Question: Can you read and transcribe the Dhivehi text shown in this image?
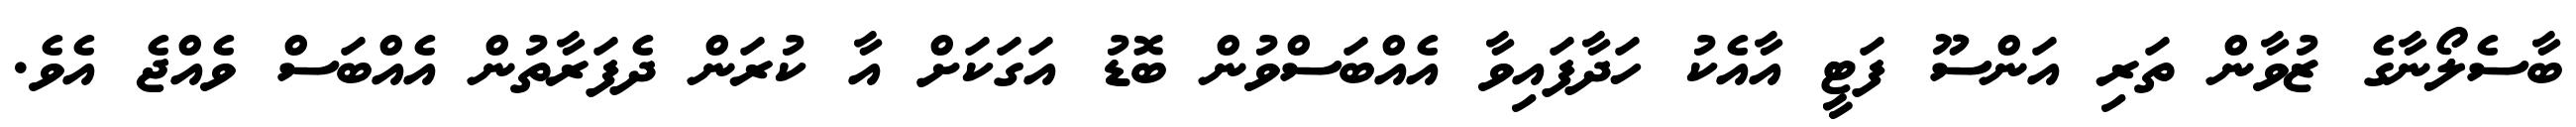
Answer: ބާސެލޯނާގެ ޒުވާން ތަރި އަންސޫ ފަޓީ އާއެކު ހަދާފައިވާ އެއްބަސްވުން ބޮޑު އަގަކަށް އާ ކުރަން ދެފަރާތުން އެއްބަސް ވެއްޖެ އެވެ.